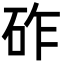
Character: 砟